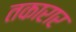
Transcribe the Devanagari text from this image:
तकारार